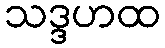
သဒ္ဒဟထ